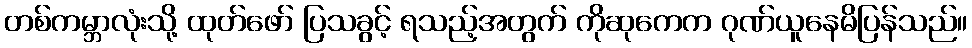
တစ်ကမ္ဘာလုံးသို့ ထုတ်ဖော် ပြသခွင့် ရသည့်အတွက် ကိုဆုကေက ဂုဏ်ယူနေမိပြန်သည်။